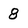
Character: 8